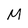
Character: M